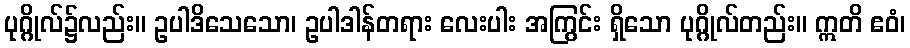
ပုဂ္ဂိုလ်၌လည်း။ ဥပါဒိသေသော၊ ဥပါဒါန်တရား လေးပါး အကြွင်း ရှိသော ပုဂ္ဂိုလ်တည်း။ ဣတိ ဧဝံ၊